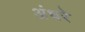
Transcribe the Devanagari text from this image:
अंधरे